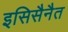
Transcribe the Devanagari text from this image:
इसिसैनैत